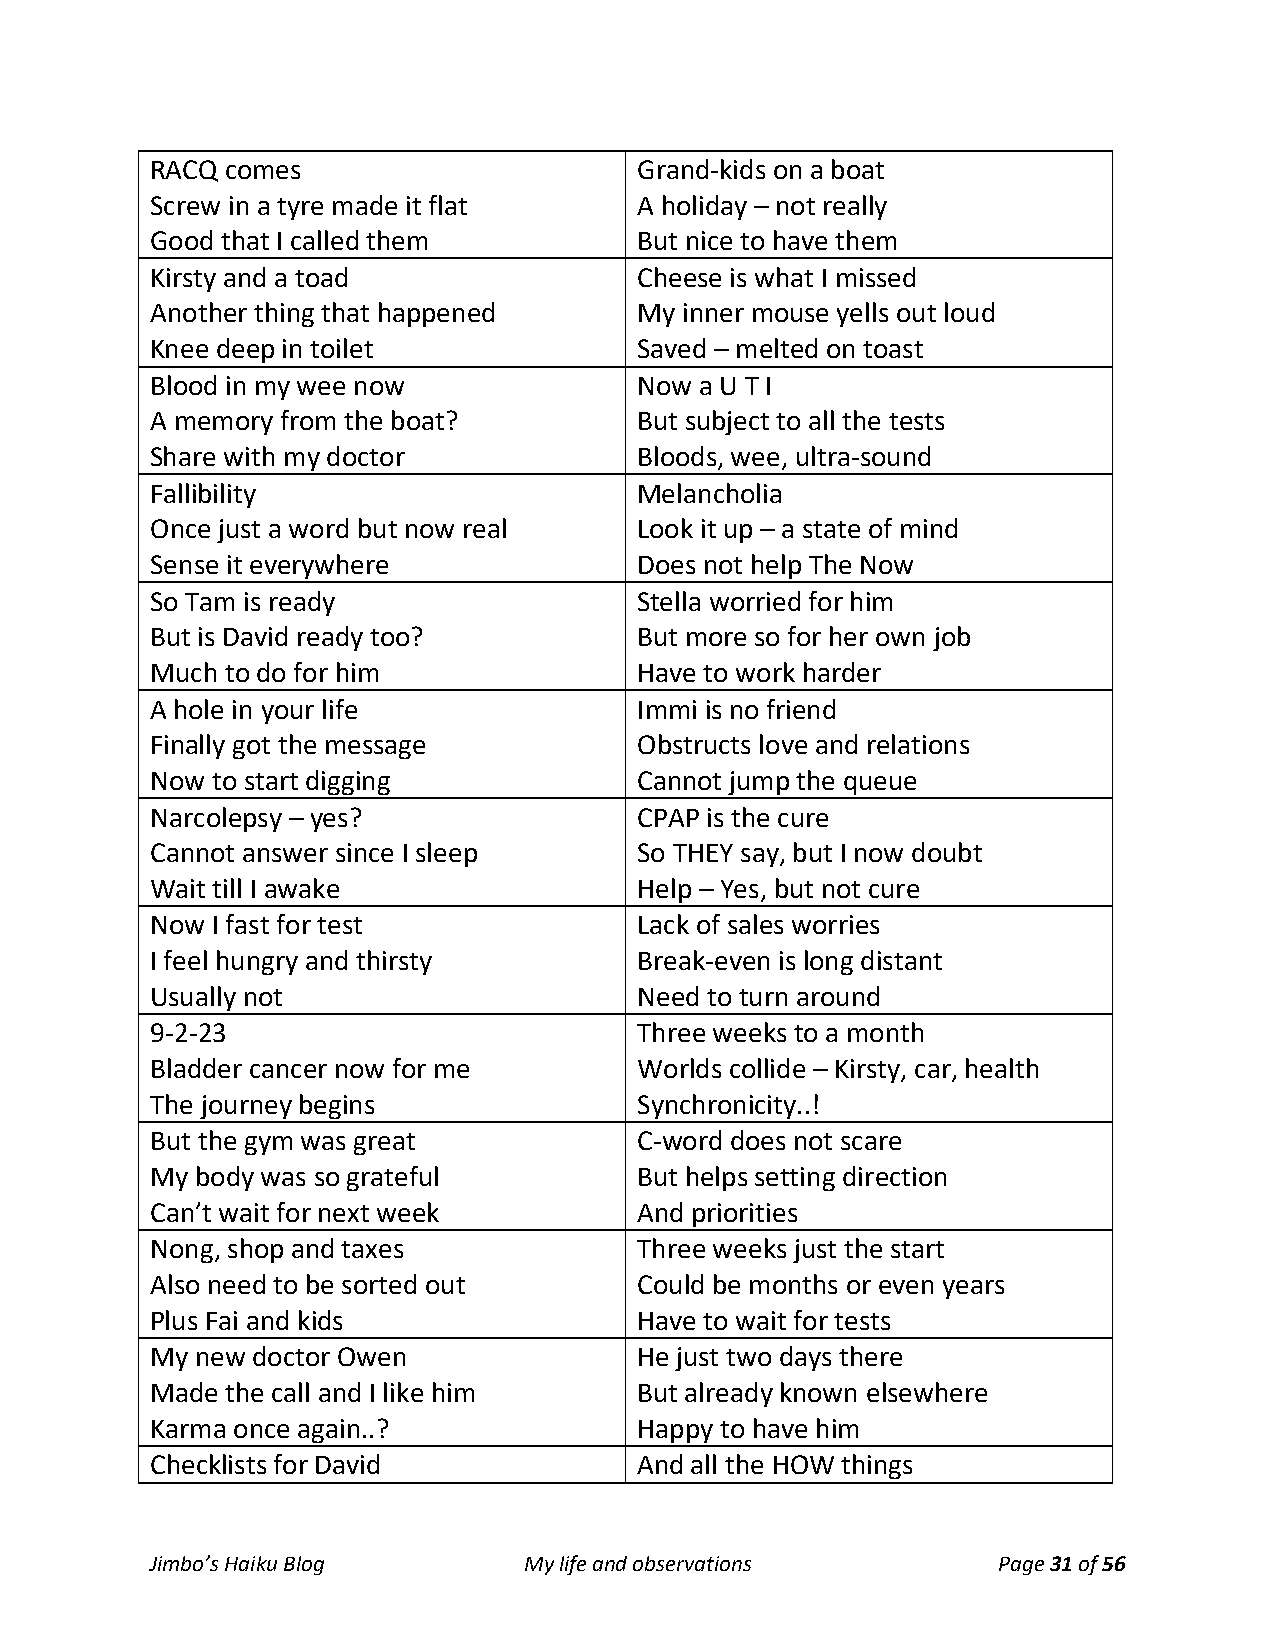
RACQ comes                      Grand-kids on a boat
 Screw in a tyre made it flat    A holiday – not really
 Good that I called them         But nice to have them
 Kirsty and a toad               Cheese is what I missed
 Another thing that happened     My inner mouse yells out loud
 Knee deep in toilet             Saved – melted on toast
 Blood in my wee now             Now a U T I
 A memory from the boat?         But subject to all the tests
 Share with my doctor            Bloods, wee, ultra-sound
 Fallibility                     Melancholia
 Once just a word but now real   Look it up – a state of mind
 Sense it everywhere             Does not help The Now
 So Tam is ready                 Stella worried for him
 But is David ready too?         But more so for her own job
 Much to do for him              Have to work harder
 A hole in your life             Immi is no friend
 Finally got the message         Obstructs love and relations
 Now to start digging            Cannot jump the queue
 Narcolepsy – yes?               CPAP is the cure
 Cannot answer since I sleep     So THEY say, but I now doubt
 Wait till I awake               Help – Yes, but not cure
 Now I fast for test             Lack of sales worries
 I feel hungry and thirsty       Break-even is long distant
 Usually not                     Need to turn around
 9-2-23                          Three weeks to a month
 Bladder cancer now for me       Worlds collide – Kirsty, car, health
 The journey begins              Synchronicity..!
 But the gym was great           C-word does not scare
 My body was so grateful         But helps setting direction
 Can’t wait for next week        And priorities
 Nong, shop and taxes            Three weeks just the start
 Also need to be sorted out      Could be months or even years
 Plus Fai and kids               Have to wait for tests
 My new doctor Owen              He just two days there
 Made the call and I like him    But already known elsewhere
 Karma once again..?             Happy to have him
 Checklists for David            And all the HOW things
 Jimbo’s Haiku Blog       My life and observations       Page 31 of 56